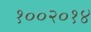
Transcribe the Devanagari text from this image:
१००२०१४